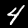
Label: 4